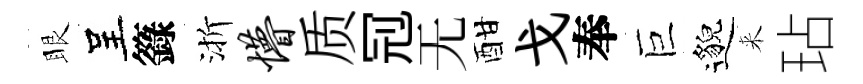
眼呈籙渐懵质𠜍无酣戈奉巨邈来玷